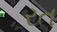
રત